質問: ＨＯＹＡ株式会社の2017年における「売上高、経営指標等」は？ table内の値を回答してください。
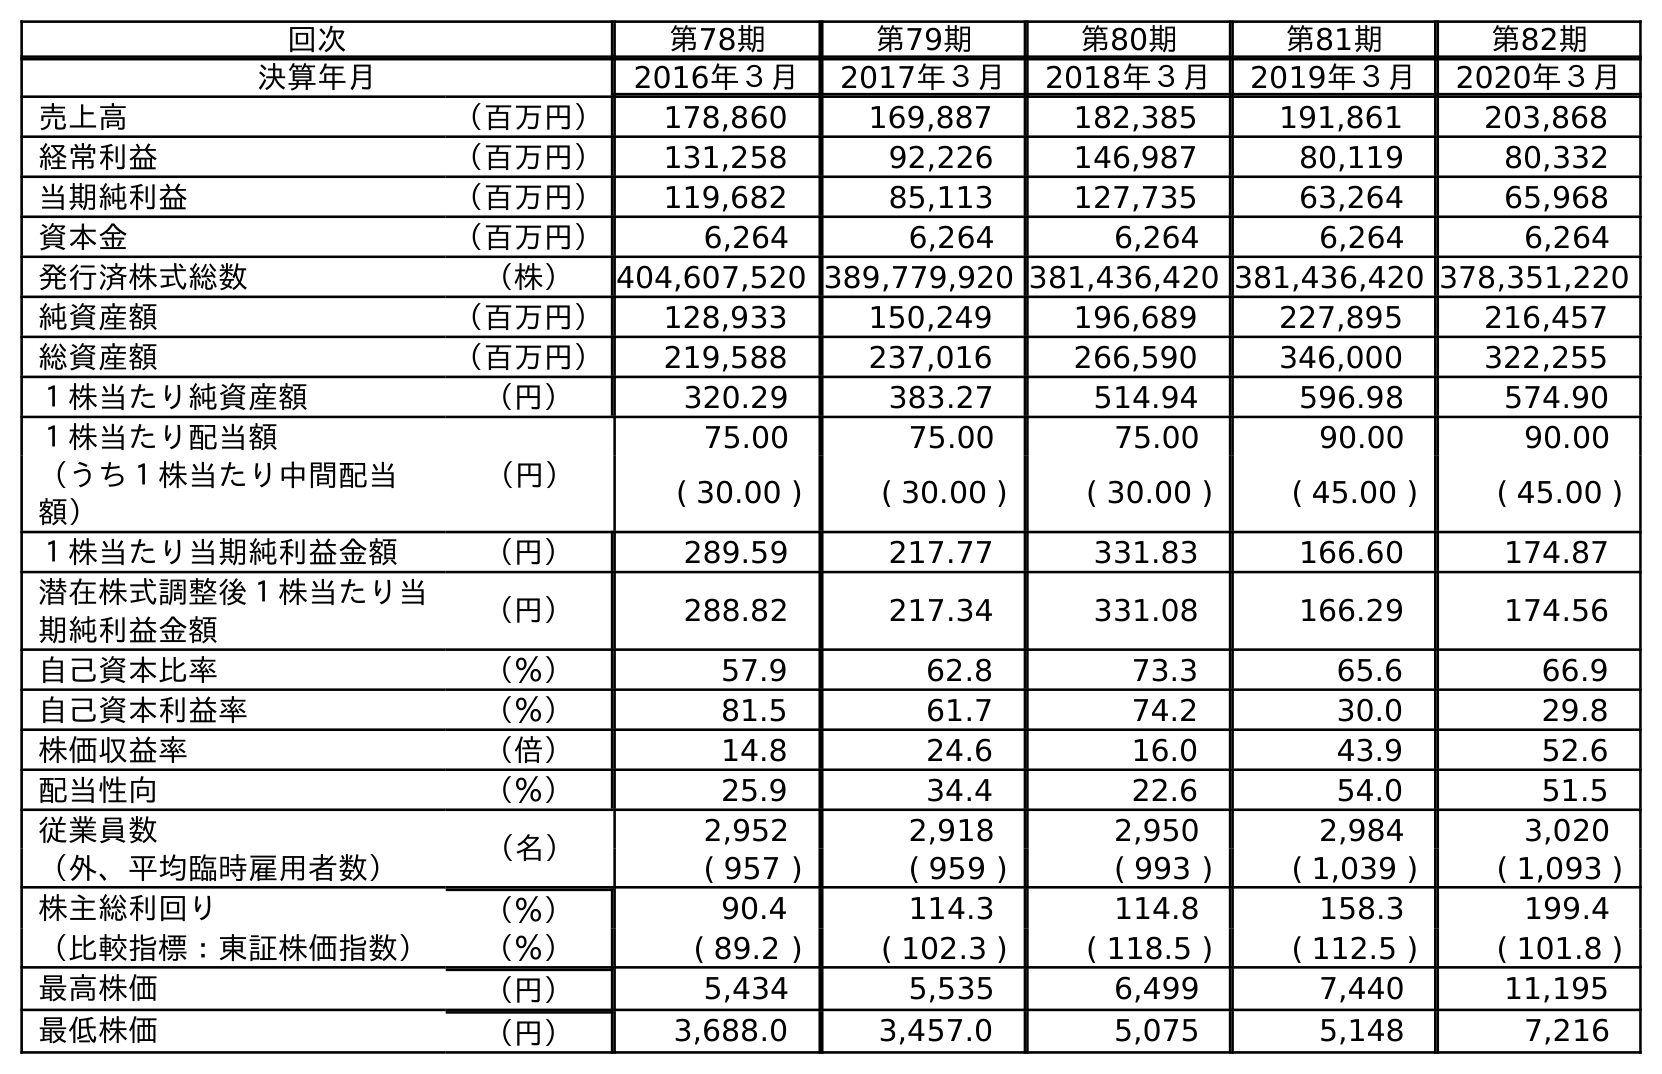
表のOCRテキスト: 回次 第78期 第79期 第80期 第81期 第82期 決算年月 2016年３月 2017年３月 2018年３月 2019年３月 2020年３月 売上高 （百万円） 178,860 169,887 182,385 191,861 203,868 経常利益 （百万円） 131,258 92,226 146,987 80,119 80,332 当期純利益 （百万円） 119,682 85,113 127,735 63,264 65,968 資本金 （百万円） 6,264 6,264 6,264 6,264 6,264 発行済株式総数 （株） 404,607,520 389,779,920 381,436,420 381,436,420 378,351,220 純資産額 （百万円） 128,933 150,249 196,689 227,895 216,457 総資産額 （百万円） 219,588 237,016 266,590 346,000 322,255 １株当たり純資産額 （円） 320.29 383.27 514.94 596.98 574.90 １株当たり配当額 （円） 75.00 75.00 75.00 90.00 90.00 （うち１株当たり中間配当 額） ( 30.00 ) ( 30.00 ) ( 30.00 ) ( 45.00 ) ( 45.00 ) １株当たり当期純利益金額 （円） 289.59 217.77 331.83 166.60 174.87 潜在株式調整後１株当たり当 期純利益金額 （円） 288.82 217.34 331.08 166.29 174.56 自己資本比率 （％） 57.9 62.8 73.3 65.6 66.9 自己資本利益率 （％） 81.5 61.7 74.2 30.0 29.8 株価収益率 （倍） 14.8 24.6 16.0 43.9 52.6 配当性向 （％） 25.9 34.4 22.6 54.0 51.5 従業員数 （名） 2,952 2,918 2,950 2,984 3,020 （外、平均臨時雇用者数） ( 957 ) ( 959 ) ( 993 ) ( 1,039 ) ( 1,093 ) 株主総利回り （％） 90.4 114.3 114.8 158.3 199.4 （比較指標：東証株価指数） （％） ( 89.2 ) ( 102.3 ) ( 118.5 ) ( 112.5 ) ( 101.8 ) 最高株価 （円） 5,434 5,535 6,499 7,440 11,195 最低株価 （円） 3,688.0 3,457.0 5,075 5,148 7,216
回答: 169,887